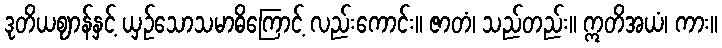
ဒုတိယဈာန်နှင့် ယှဉ်သောသမာဓိကြောင့် လည်းကောင်း။ ဇာတံ၊ သည်တည်း။ ဣတိအယံ၊ ကား။